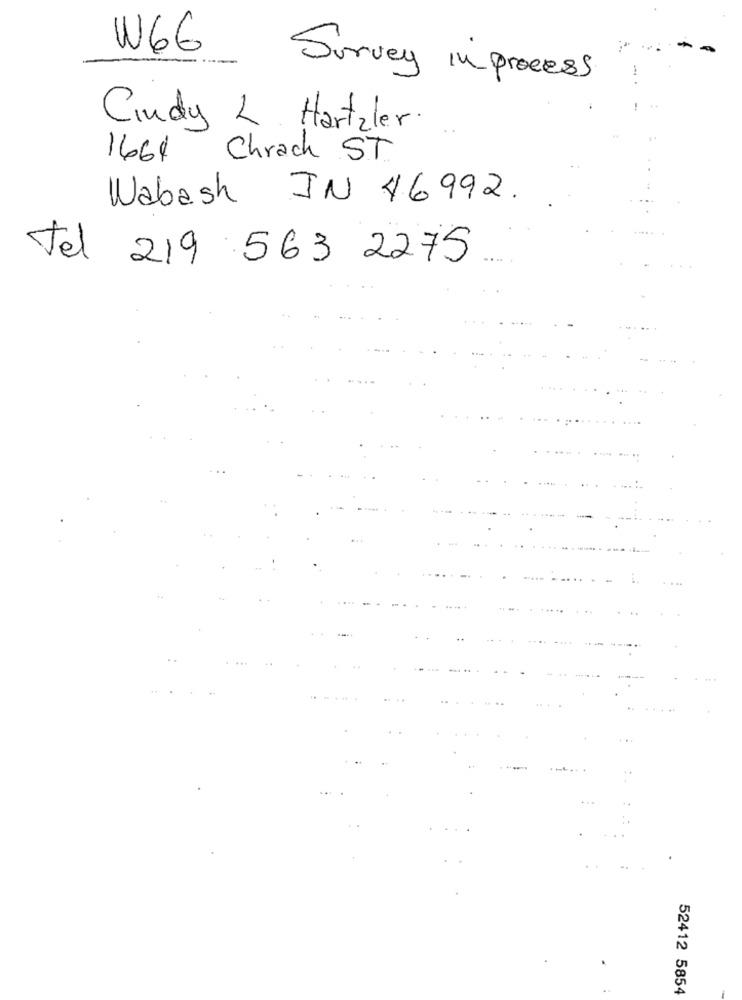
W66
Survey in process
Cindy L. Hartzler.
1661 Chrach ST
Wabash IN 46992.
tel 219 563 2275
52412 5854